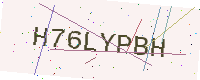
Text: H76LYPBH